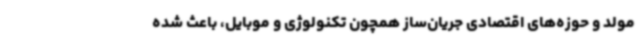
مولد و حوزه‌های اقتصادی جریان‌ساز همچون تکنولوژی و موبایل، باعث شده